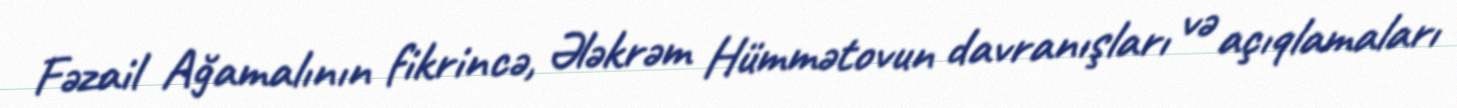
Fəzail Ağamalının fikrincə, Ələkrəm Hümmətovun davranışları və açıqlamaları